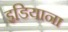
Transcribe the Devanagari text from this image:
इडियाना